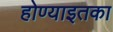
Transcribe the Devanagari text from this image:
होण्याइतका